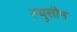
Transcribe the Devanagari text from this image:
ल्युसीन